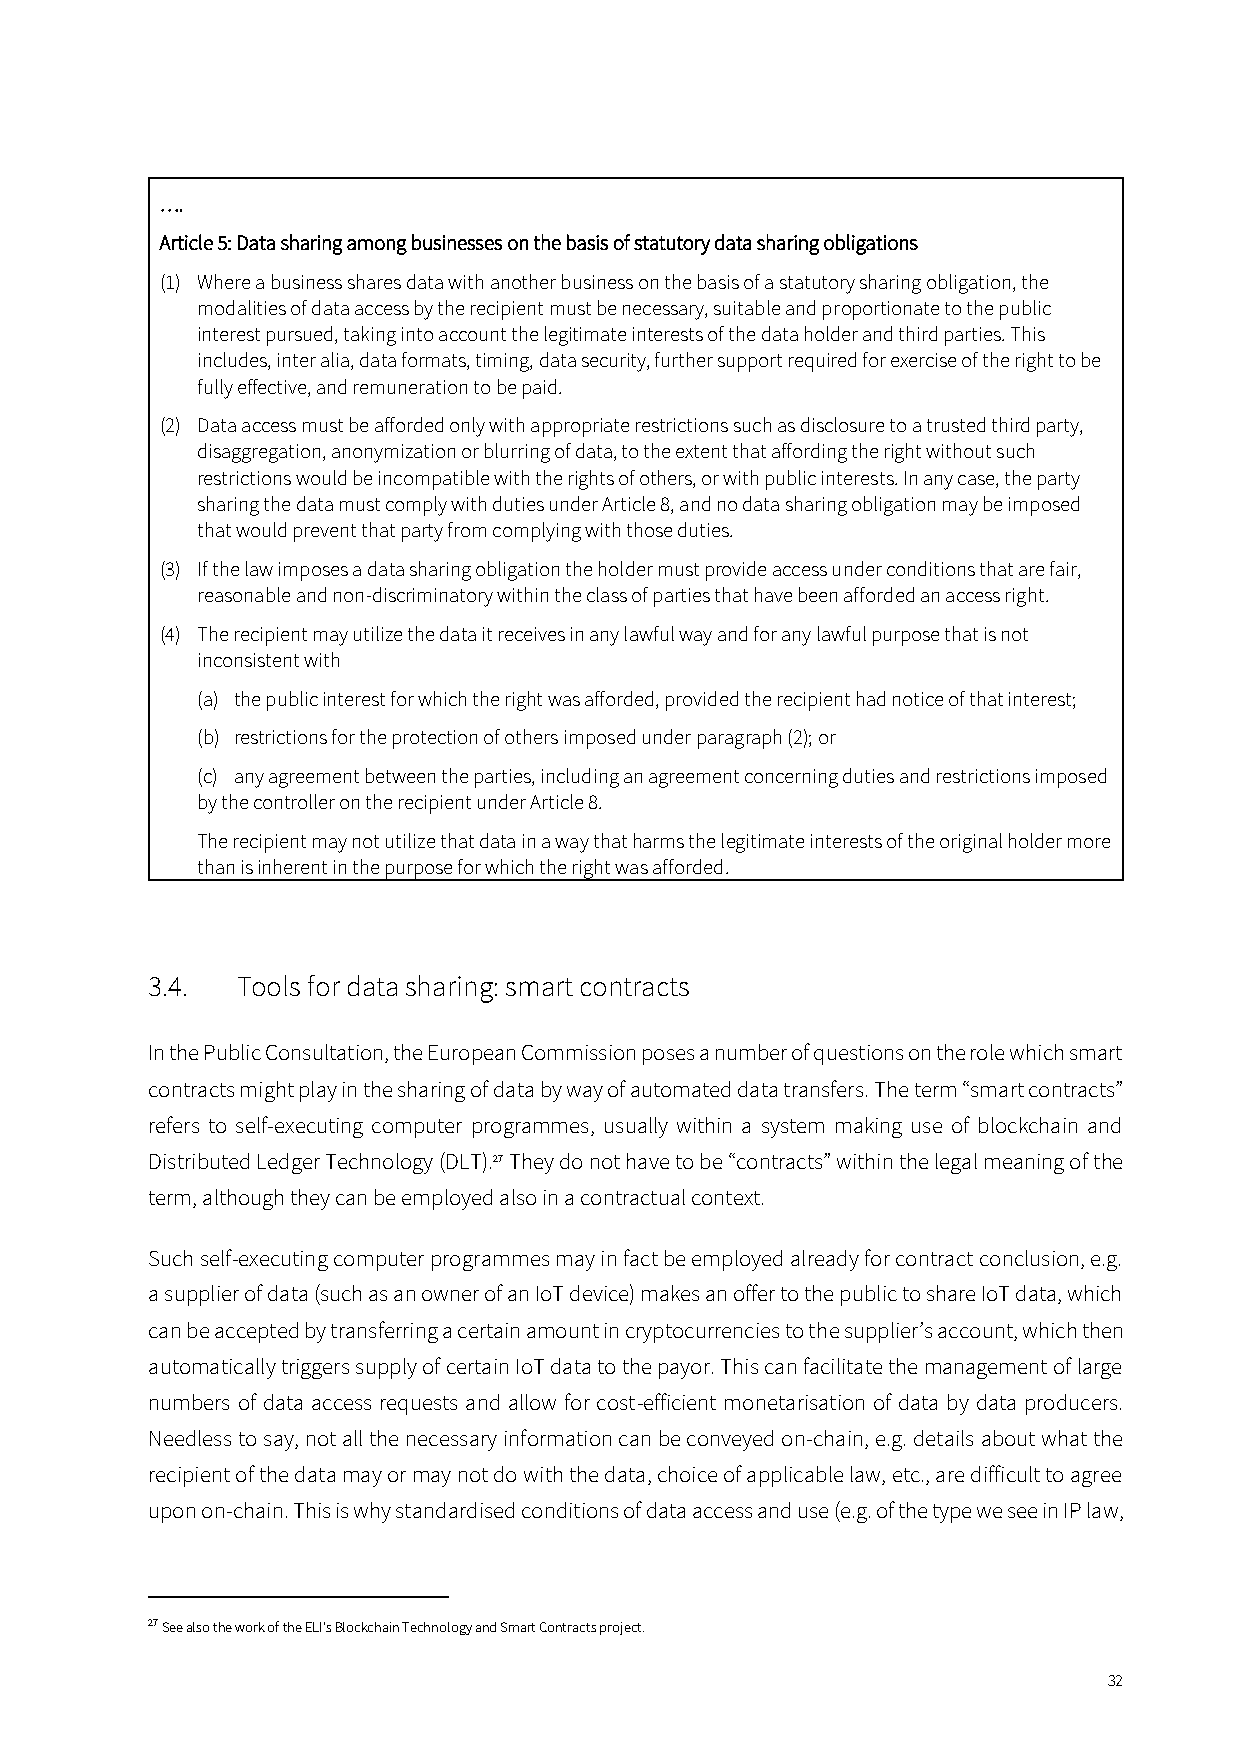
….
 Article 5: Data sharing among businesses on the basis of statutory data sharing obligations
 (1) Where a business shares data with another business on the basis of a statutory sharing obligation, the
 modalities of data access by the recipient must be necessary, suitable and proportionate to the public
 interest pursued, taking into account the legitimate interests of the data holder and third parties. This
 includes, inter alia, data formats, timing, data security, further support required for exercise of the right to be
 fully effective, and remuneration to be paid.
 (2) Data access must be afforded only with appropriate restrictions such as disclosure to a trusted third party,
 disaggregation, anonymization or blurring of data, to the extent that affording the right without such
 restrictions would be incompatible with the rights of others, or with public interests. In any case, the party
 sharing the data must comply with duties under Article 8, and no data sharing obligation may be imposed
 that would prevent that party from complying with those duties.
 (3) If the law imposes a data sharing obligation the holder must provide access under conditions that are fair,
 reasonable and non-discriminatory within the class of parties that have been afforded an access right.
 (4) The recipient may utilize the data it receives in any lawful way and for any lawful purpose that is not
 inconsistent with
 (a) the public interest for which the right was afforded, provided the recipient had notice of that interest;
 (b) restrictions for the protection of others imposed under paragraph (2); or
 (c) any agreement between the parties, including an agreement concerning duties and restrictions imposed
 by the controller on the recipient under Article 8.
 The recipient may not utilize that data in a way that harms the legitimate interests of the original holder more
 than is inherent in the purpose for which the right was afforded.
 3.4.  Tools for data sharing: smart contracts
 In the Public Consultation, the European Commission poses a number of questions on the role which smart
 contracts might play in the sharing of data by way of automated data transfers. The term “smart contracts”
 refers to self-executing computer programmes, usually within a system making use of blockchain and
 Distributed Ledger Technology (DLT).27 They do not have to be “contracts” within the legal meaning of the
 term, although they can be employed also in a contractual context.
 Such self-executing computer programmes may in fact be employed already for contract conclusion, e.g.
 a supplier of data (such as an owner of an IoT device) makes an offer to the public to share IoT data, which
 can be accepted by transferring a certain amount in cryptocurrencies to the supplier’s account, which then
 automatically triggers supply of certain IoT data to the payor. This can facilitate the management of large
 numbers of data access requests and allow for cost-efficient monetarisation of data by data producers.
 Needless to say, not all the necessary information can be conveyed on-chain, e.g. details about what the
 recipient of the data may or may not do with the data, choice of applicable law, etc., are difficult to agree
 upon on-chain. This is why standardised conditions of data access and use (e.g. of the type we see in IP law,
 27 See also the work of the ELI’s Blockchain Technology and Smart Contracts project.
 32